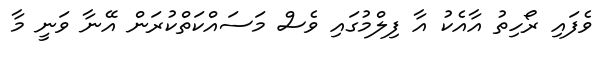
ވެފައި ރޯހިތު އާއެކު އާ ފިލްމުގައި ވެސް މަސައްކަތްކުރަން އޭނާ ވަނީ މާ